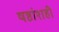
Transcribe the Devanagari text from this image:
षष्ठांशही